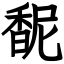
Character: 馜